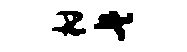
柑兵